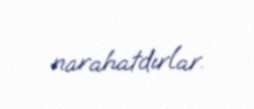
narahatdırlar.